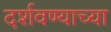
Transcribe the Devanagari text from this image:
दर्शवण्याच्या